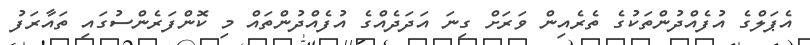
އެޕަލްގެ އުފެއްދުންތަކުގެ ތެރެއިން ވަރަށް ގިނަ އަދަދެއްގެ އުފެއްދުންތައް މި ކޮންފަރެންސުގައި ތައާރަފު